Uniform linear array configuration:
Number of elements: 24
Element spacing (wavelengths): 0.25
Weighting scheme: blackman
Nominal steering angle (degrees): -45
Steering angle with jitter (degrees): -43.986
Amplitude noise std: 0.05
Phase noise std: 0.05

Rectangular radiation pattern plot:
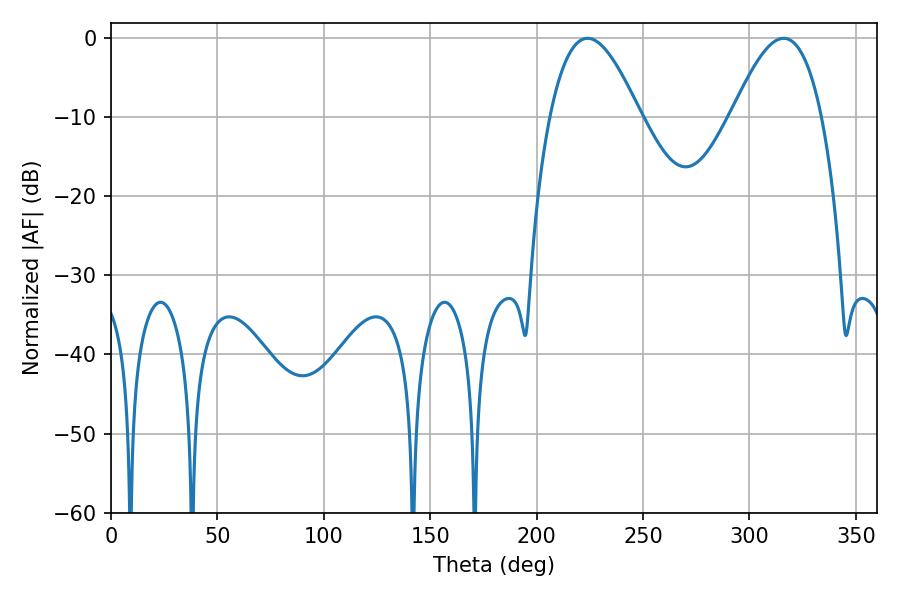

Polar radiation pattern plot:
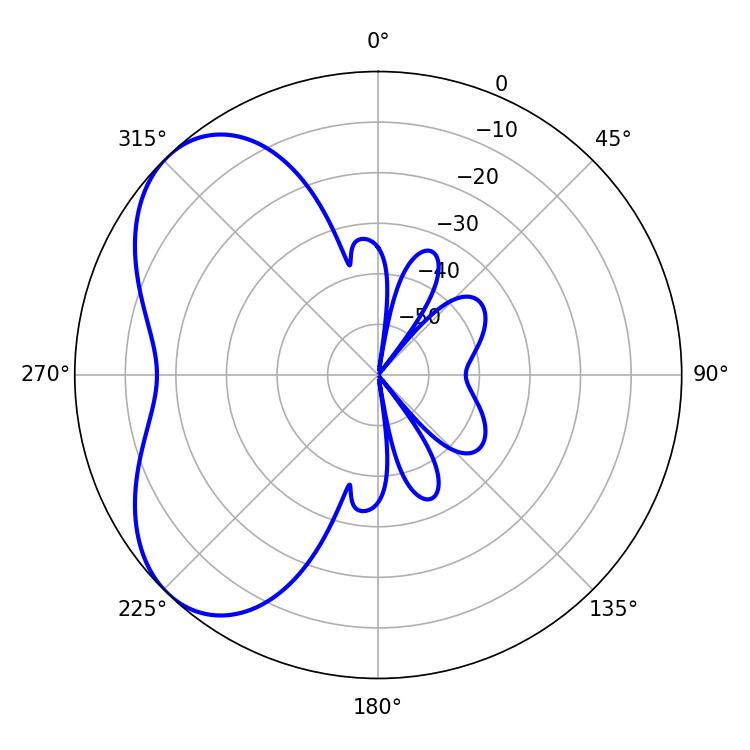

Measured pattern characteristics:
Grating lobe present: FALSE
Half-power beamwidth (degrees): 23.04
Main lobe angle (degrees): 223.92